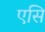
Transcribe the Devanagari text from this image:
एसि